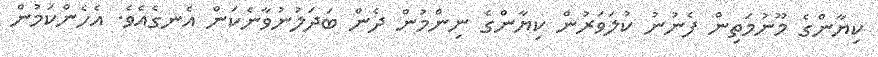
ކިޔާންގެ މޫނުމަތިން ފެނުނު ކުލަވަރުން ކިޔާންގެ ނިންމުން ދެން ބަދަލުނުވާނެކަން އެނގެއެވެ. އެހެންކަމުން